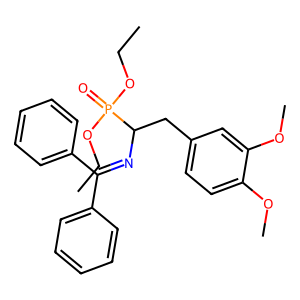
SMILES: CCOP(=O)(OCC)C(Cc1ccc(OC)c(OC)c1)N=C(c1ccccc1)c1ccccc1
Inhibits HIV replication: No